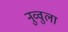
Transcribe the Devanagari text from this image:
नुव्वुला